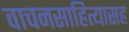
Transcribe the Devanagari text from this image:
वाचनसाहित्यासह